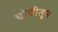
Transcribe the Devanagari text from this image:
चोचीतून